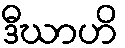
ဒီဃာဟိ